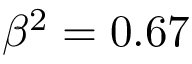
\beta ^ { 2 } = 0 . 6 7